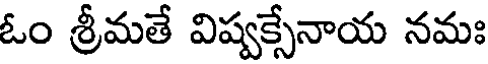
ఓం శ్రీమతే విష్వక్సేనాయ నమః